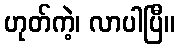
ဟုတ်ကဲ့၊ လာပါပြီ။